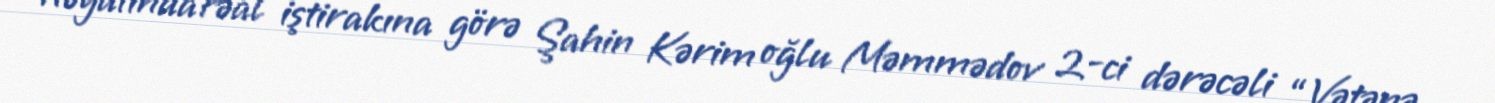
həyatında fəal iştirakına görə Şahin Kərim oğlu Məmmədov 2-ci dərəcəli “Vətənə